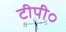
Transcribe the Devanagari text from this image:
टीपी०